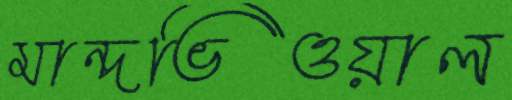
মান্দভিওয়াল